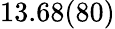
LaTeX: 13.68(80)